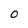
Character: O